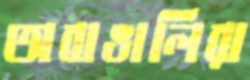
অবাঙালিরা